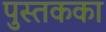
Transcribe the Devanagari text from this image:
पुस्तकका